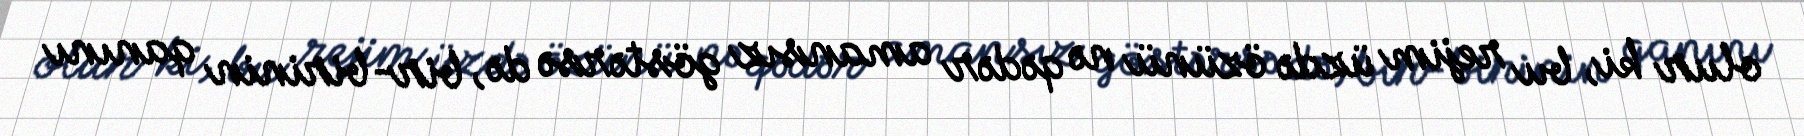
olur ki, bu rejim üzdə özünü nə qədər amansız göstərsə də, bir-birinin qanını